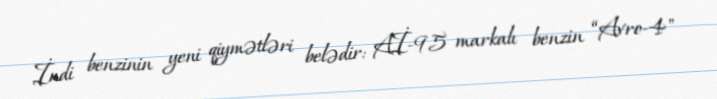
İndi benzinin yeni qiymətləri belədir: Aİ-95 markalı benzin “Avro-4"